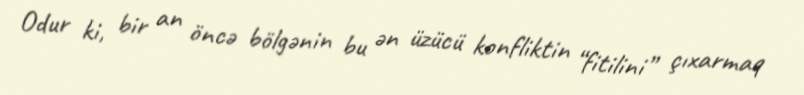
Odur ki, bir an öncə bölgənin bu ən üzücü konfliktin “fitilini” çıxarmaq